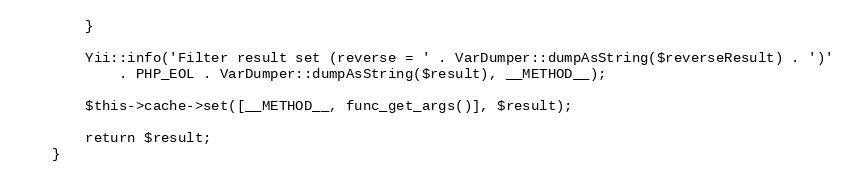
Language: PHP
        }

        Yii::info('Filter result set (reverse = ' . VarDumper::dumpAsString($reverseResult) . ')'
            . PHP_EOL . VarDumper::dumpAsString($result), __METHOD__);

        $this->cache->set([__METHOD__, func_get_args()], $result);

        return $result;
    }